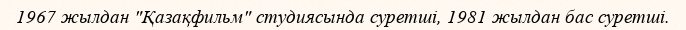
1967 жылдан "Қазақфильм" студиясында суретші, 1981 жылдан бас суретші.